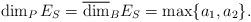
LaTeX: \begin{align*}\dim_PE_S=\overline{\dim}_BE_S=\max\{a_1, a_2\}.\end{align*}